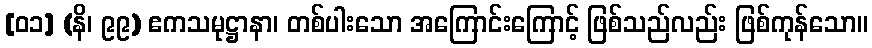
[၀၁] (နိ၊ ၉၉) ဧကသမုဋ္ဌာနာ၊ တစ်ပါးသော အကြောင်းကြောင့် ဖြစ်သည်လည်း ဖြစ်ကုန်သော။